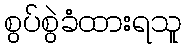
စွပ်စွဲခံထားရသူ